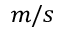
m / s